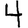
Digit: 4